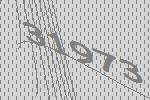
31973